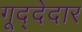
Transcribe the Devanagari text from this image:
गूद्देदार